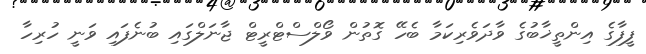
ފީފާގެ އިންތީޚާބުގެ ވާދަވެރިކަމާ ބެހޭ ގޮތުން ވޯލްސްޓްރީޓް ޖާނަލްގައި ބުނެފައި ވަނީ ހުރިހާ